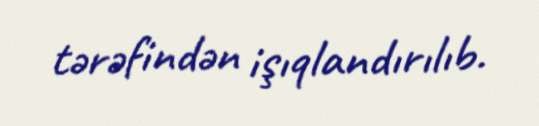
tərəfindən işıqlandırılıb.